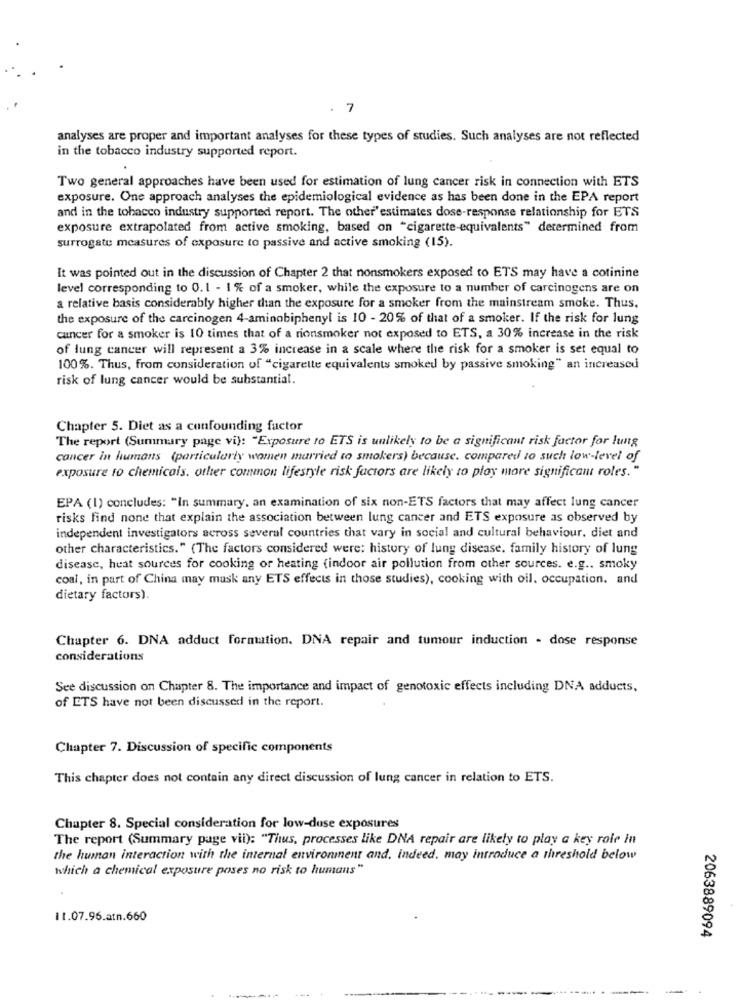
. 7
analyses are proper and important analyses for these types of studies. Such analyses are not reflected
in the tobacco industry supported report.
Two general approaches have been used for estimation of lung cancer risk in connection with ETS
exposure. One approach analyses the epidemiological evidence as has been done in the EPA report
and in the tobacco industry supported report. The other'estimates dose-response relationship for ETS
exposure extrapolated from active smoking, based on "cigarette-equivalents" determined from
surrogate measures of exposure to passive and active smoking (15).
It was pointed out in the discussion of Chapter 2 that nonsmokers exposed to ETS may have a cotinine
level corresponding to 0. 1 - 1 % of a smoker, while the exposure to a number of carcinogens are on
a relative basis considerably higher than the exposure for a smoker from the mainstream smoke. Thus.
the exposure of the carcinogen 4-aminobiphenyl is 10 - 20% of that of a smoker. If the risk for lung
cancer for a smoker is 10 times that of a rionsmoker not exposed to ETS, a 30% increase in the risk
of lung cancer will represent a 3% increase in a scale where the risk for a smoker is set equal to
100%. Thus, from consideration of "cigarette equivalents smoked by passive smoking" an increased
risk of lung cancer would be substantial.
Chapter 5. Diet as a confounding factor
The report (Summary page vi): "Exposure to ETS is unlikely to be a significant risk factor for lung
cancer in humans (particularly women married to smokers) because. compared to such low-level of
exposure to chemicals. other common lifestyle risk factors are likely to play more significant roles."
EPA (1) concludes: "In summary, an examination of six non-ETS factors that may affect lung cancer
risks find none that explain the association between lung cancer and ETS exposure as observed by
independent investigators across several countries that vary in social and cultural behaviour. diet and
other characteristics." (The factors considered were: history of lung disease. family history of lung
disease, heat sources for cooking or heating (indoor air pollution from other sources. e.g .. smoky
coal, in part of China may mask any ETS effects in those studies), cooking with oil. occupation. and
dietary factors).
Chapter 6. DNA adduct formation. DNA repair and tumour induction - dose response
considerations
See discussion on Chapter 8. The importance and impact of genotoxic effects including DNA adducts,
of ETS have not been discussed in the report.
Chapter 7. Discussion of specific components
This chapter does not contain any direct discussion of lung cancer in relation to ETS.
Chapter 8. Special consideration for low-dose exposures
The report (Summary page vii): "Thus, processes like DNA repair are likely to play a key role in
the human interaction with the internal environment and, indeed, may introduce a threshold below
which a chemical exposure poses no risk to humans"
11.07.96.atn.660
2063889094